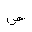
Letter: _sad